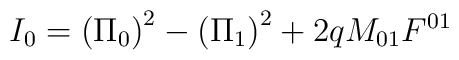
I_0=\left( \Pi _0\right) ^2-\left( \Pi _1\right) ^2+2qM_{01}F^{01}